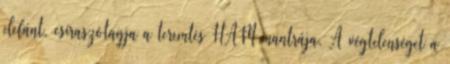
elefánt, csíraszótagja a teremtés HAM mantrája. A végtelenséget a